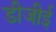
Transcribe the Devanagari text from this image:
डीजीई